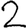
Digit: 2